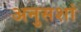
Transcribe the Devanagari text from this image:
अनुसशां